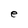
Character: e